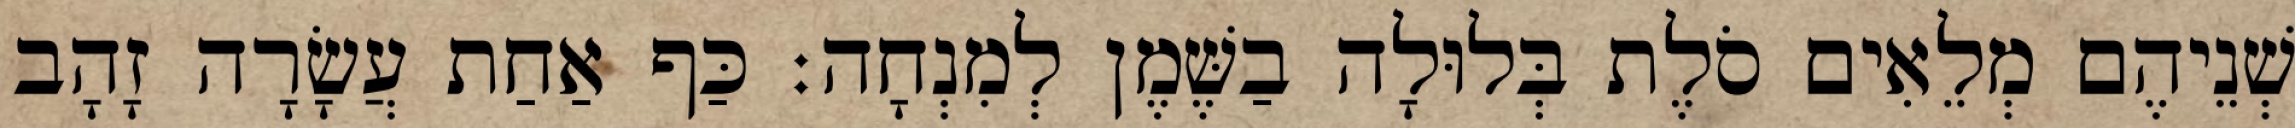
שְׁנֵיהֶם מְלֵאִים סֹלֶת בְּלוּלָה בַשֶּׁמֶן לְמִנְחָה׃ כַּף אַחַת עֲשָׂרָה זָהָב